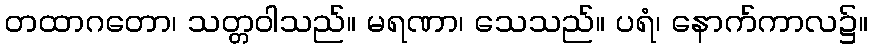
တထာဂတော၊ သတ္တဝါသည်။ မရဏာ၊ သေသည်။ ပရံ၊ နောက်ကာလ၌။